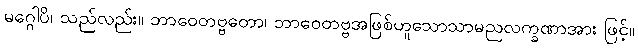
မဂ္ဂေါပိ၊ သည်လည်း။ ဘာဝေတဗ္ဗတော၊ ဘာဝေတဗ္ဗအဖြစ်ဟူသောသာမညလက္ခဏာအား ဖြင့်။